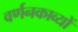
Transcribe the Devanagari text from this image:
वर्णनकाव्यों